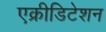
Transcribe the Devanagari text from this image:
एक्रीडिटेशन